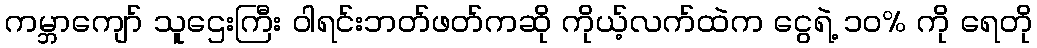
ကမ္ဘာကျော် သူဌေးကြီး ဝါရင်းဘတ်ဖတ်ကဆို ကိုယ့်လက်ထဲက ငွေရဲ့ ၁၀% ကို ရေတို